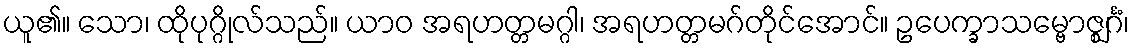
ယူ၏။ သော၊ ထိုပုဂ္ဂိုလ်သည်။ ယာဝ အရဟတ္တမဂ္ဂါ၊ အရဟတ္တမဂ်တိုင်အောင်။ ဥပေက္ခာသမ္ဗောဇ္ဈင်္ဂံ၊